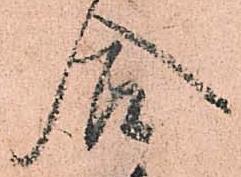
合